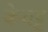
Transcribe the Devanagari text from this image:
केवट्ट